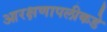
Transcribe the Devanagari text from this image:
आरक्षणापलीकडे